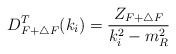
\begin{align*}D_{F+\triangle F}^T(k_i)=\frac{Z_{F+\triangle F}}{k_i^2-m_R^2}\end{align*}